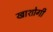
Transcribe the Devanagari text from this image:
खाशोगी